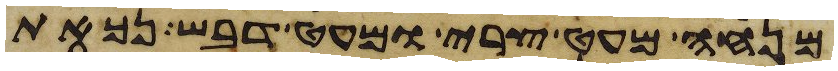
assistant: מנחה מעט צרי ומעט דבש נכאת